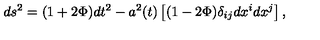
d s ^ { 2 } = ( 1 + 2 \Phi ) d t ^ { 2 } - a ^ { 2 } ( t ) \left[ ( 1 - 2 \Phi ) \delta _ { i j } d x ^ { i } d x ^ { j } \right] ,